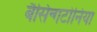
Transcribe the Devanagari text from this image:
बैसिन्गटोनिया